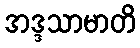
အဒ္ဒသာမာတိ